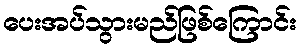
ပေးအပ်သွားမည်ဖြစ်ကြောင်း